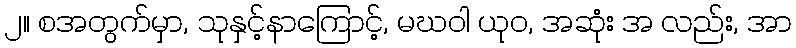
၂။ စအတွက်မှာ, သုနှင့်နာကြောင့်, မဃဝါ ယုဝ, အဆုံး အ လည်း, အာ